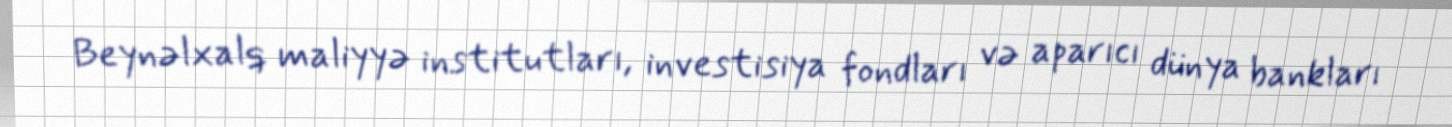
Beynəlxalq maliyyə institutları, investisiya fondları və aparıcı dünya bankları